Report of the Municipal Commissioner on the plague in Bombay for the year ending 31st May... - Volume 2
Disease focus: Plague
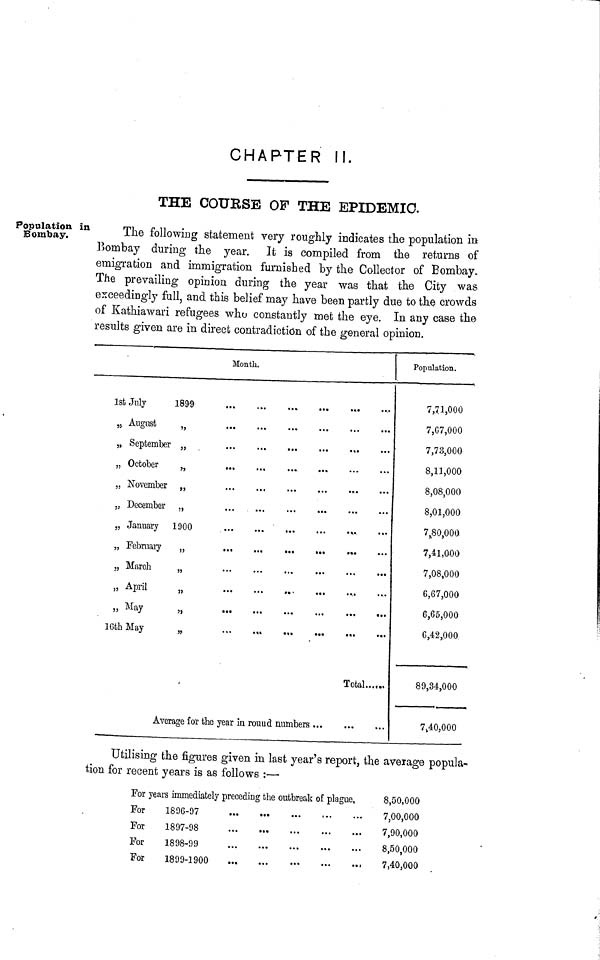
CHAPTER II.
THE COURSE OF THE EPIDEMIC.
Population in
Bombay.
The following statement very roughly indicates the population in
Bombay during the year. It is compiled from the returns of
emigration and immigration furnished by the Collector of Bombay.
The prevailing opinion during the year was that the City was
exceedingly full, and this belief may have been partly due to the crowds
of Kathiawari refugees who constantly met the eye. In any case the
results given are in direct contradiction of the general opinion.
Month.
1st July
„ August
„ September
„ October
„ November
„ December
„ January
„ February
5, March
„ April
,,
M
ay
16th May
Av
1899
,
1900
ι
,.
srage for the year in round numbers ...
Total......
Population.
7,71,000
7,07,000
7,73,000
8,11,000
8,08,000
8,01,000
7,80,000
7,41,000
7,08,000
6,67,000
6,65,000
6,42,000
89,34,000
7,40,000
Utilising the figures given in last year's report, the aveiage popula-
tion for recent years is as follows :—
For years immediately preceding the outbreak of plague,
For
For
For
For
1896-97
1897-98
1898-99
1899-1900
8,50,000
7,00,000
7,90,000
8,50,000
7,40,000